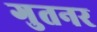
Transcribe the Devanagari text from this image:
गुतनर